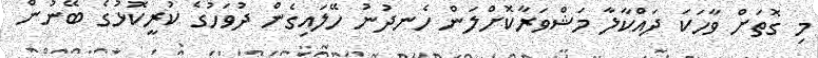
މި ގޮތަށް ވާހަކަ ދައްކާލާ މަޝްވަރާކޮށްލަން ހެނދުނު ހޭލައިގެން ދުވަހުގެ ކުރީކޮޅުގެ ބޭނުން